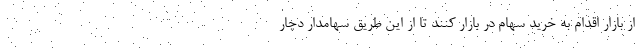
از بازار اقدام به خرید سهام در بازار کنند تا از این طریق سهامدار دچار